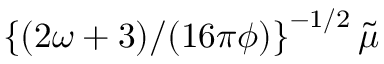
\left\{ \left( 2 \omega + 3 ) / ( 1 6 \pi \phi \right) \right\} ^ { - 1 / 2 } \tilde { \mu }